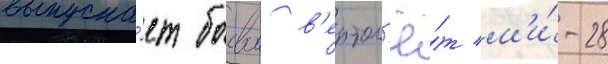
выпуска́ет боевои в'ертол'ё́т м'и́-28